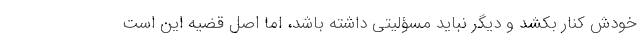
خودش کنار بکشد و دیگر نباید مسؤلیتی داشته باشد، اما اصل قضیه این است